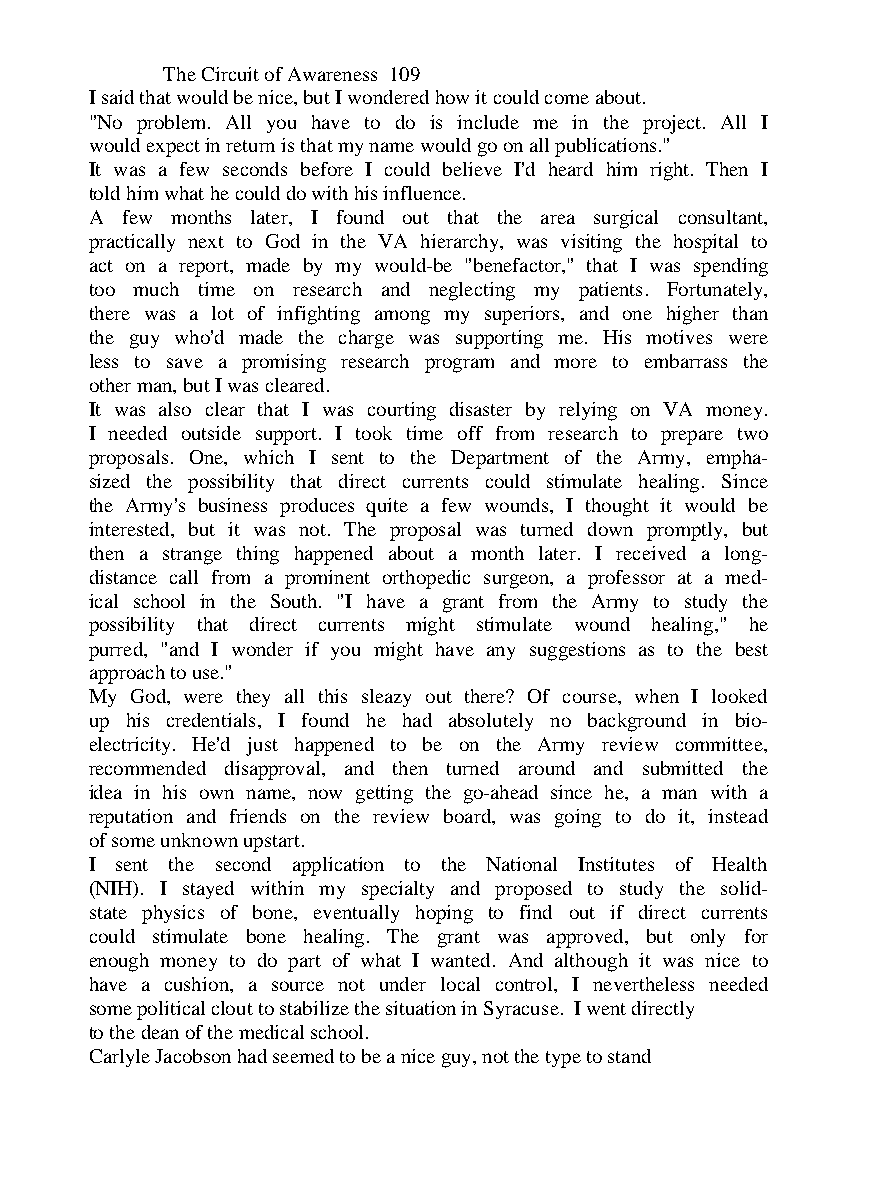
The Circuit of Awareness 109
 I said that would be nice, but I wondered how it could come about.
 "No problem. All you have to do is include me in the project. All I
 would expect in return is that my name would go on all publications."
 It was a few seconds before I could believe I'd heard him right. Then I
 told him what he could do with his influence.
 A few months later, I found out that the area surgical consultant,
 practically next to God in the VA hierarchy, was visiting the hospital to
 act on a report, made by my would-be "benefactor," that I was spending
 too much time on research and neglecting my patients. Fortunately,
 there was a lot of infighting among my superiors, and one higher than
 the guy who'd made the charge was supporting me. His motives were
 less to save a promising research program and more to embarrass the
 other man, but I was cleared.
 It was also clear that I was courting disaster by relying on VA money.
 I needed outside support. I took time off from research to prepare two
 proposals. One, which I sent to the Department of the Army, empha-
 sized the possibility that direct currents could stimulate healing. Since
 the Army's business produces quite a few wounds, I thought it would be
 interested, but it was not. The proposal was turned down promptly, but
 then a strange thing happened about a month later. I received a long-
 distance call from a prominent orthopedic surgeon, a professor at a med-
 ical school in the South. "I have a grant from the Army to study the
 possibility that direct currents might stimulate wound healing," he
 purred, "and I wonder if you might have any suggestions as to the best
 approach to use."
 My God, were they all this sleazy out there? Of course, when I looked
 up his credentials, I found he had absolutely no background in bio-
 electricity. He'd just happened to be on the Army review committee,
 recommended disapproval, and then turned around and submitted the
 idea in his own name, now getting the go-ahead since he, a man with a
 reputation and friends on the review board, was going to do it, instead
 of some unknown upstart.
 I sent the second application to the National Institutes of Health
 (NIH). I stayed within my specialty and proposed to study the solid-
 state physics of bone, eventually hoping to find out if direct currents
 could stimulate bone healing. The grant was approved, but only for
 enough money to do part of what I wanted. And although it was nice to
 have a cushion, a source not under local control, I nevertheless needed
 some political clout to stabilize the situation in Syracuse. I went directly
 to the dean of the medical school.
 Carlyle Jacobson had seemed to be a nice guy, not the type to stand